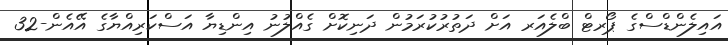
އައިލެންޑްސްގެ ޕޯރޓް ބްލެއަރ އަށް ދަތުރުކުރަމުން ދަނިކޮށް ގެއްލުނު އިންޑިޔާ އަސްކަރިއްޔާގެ އޭއެން-32